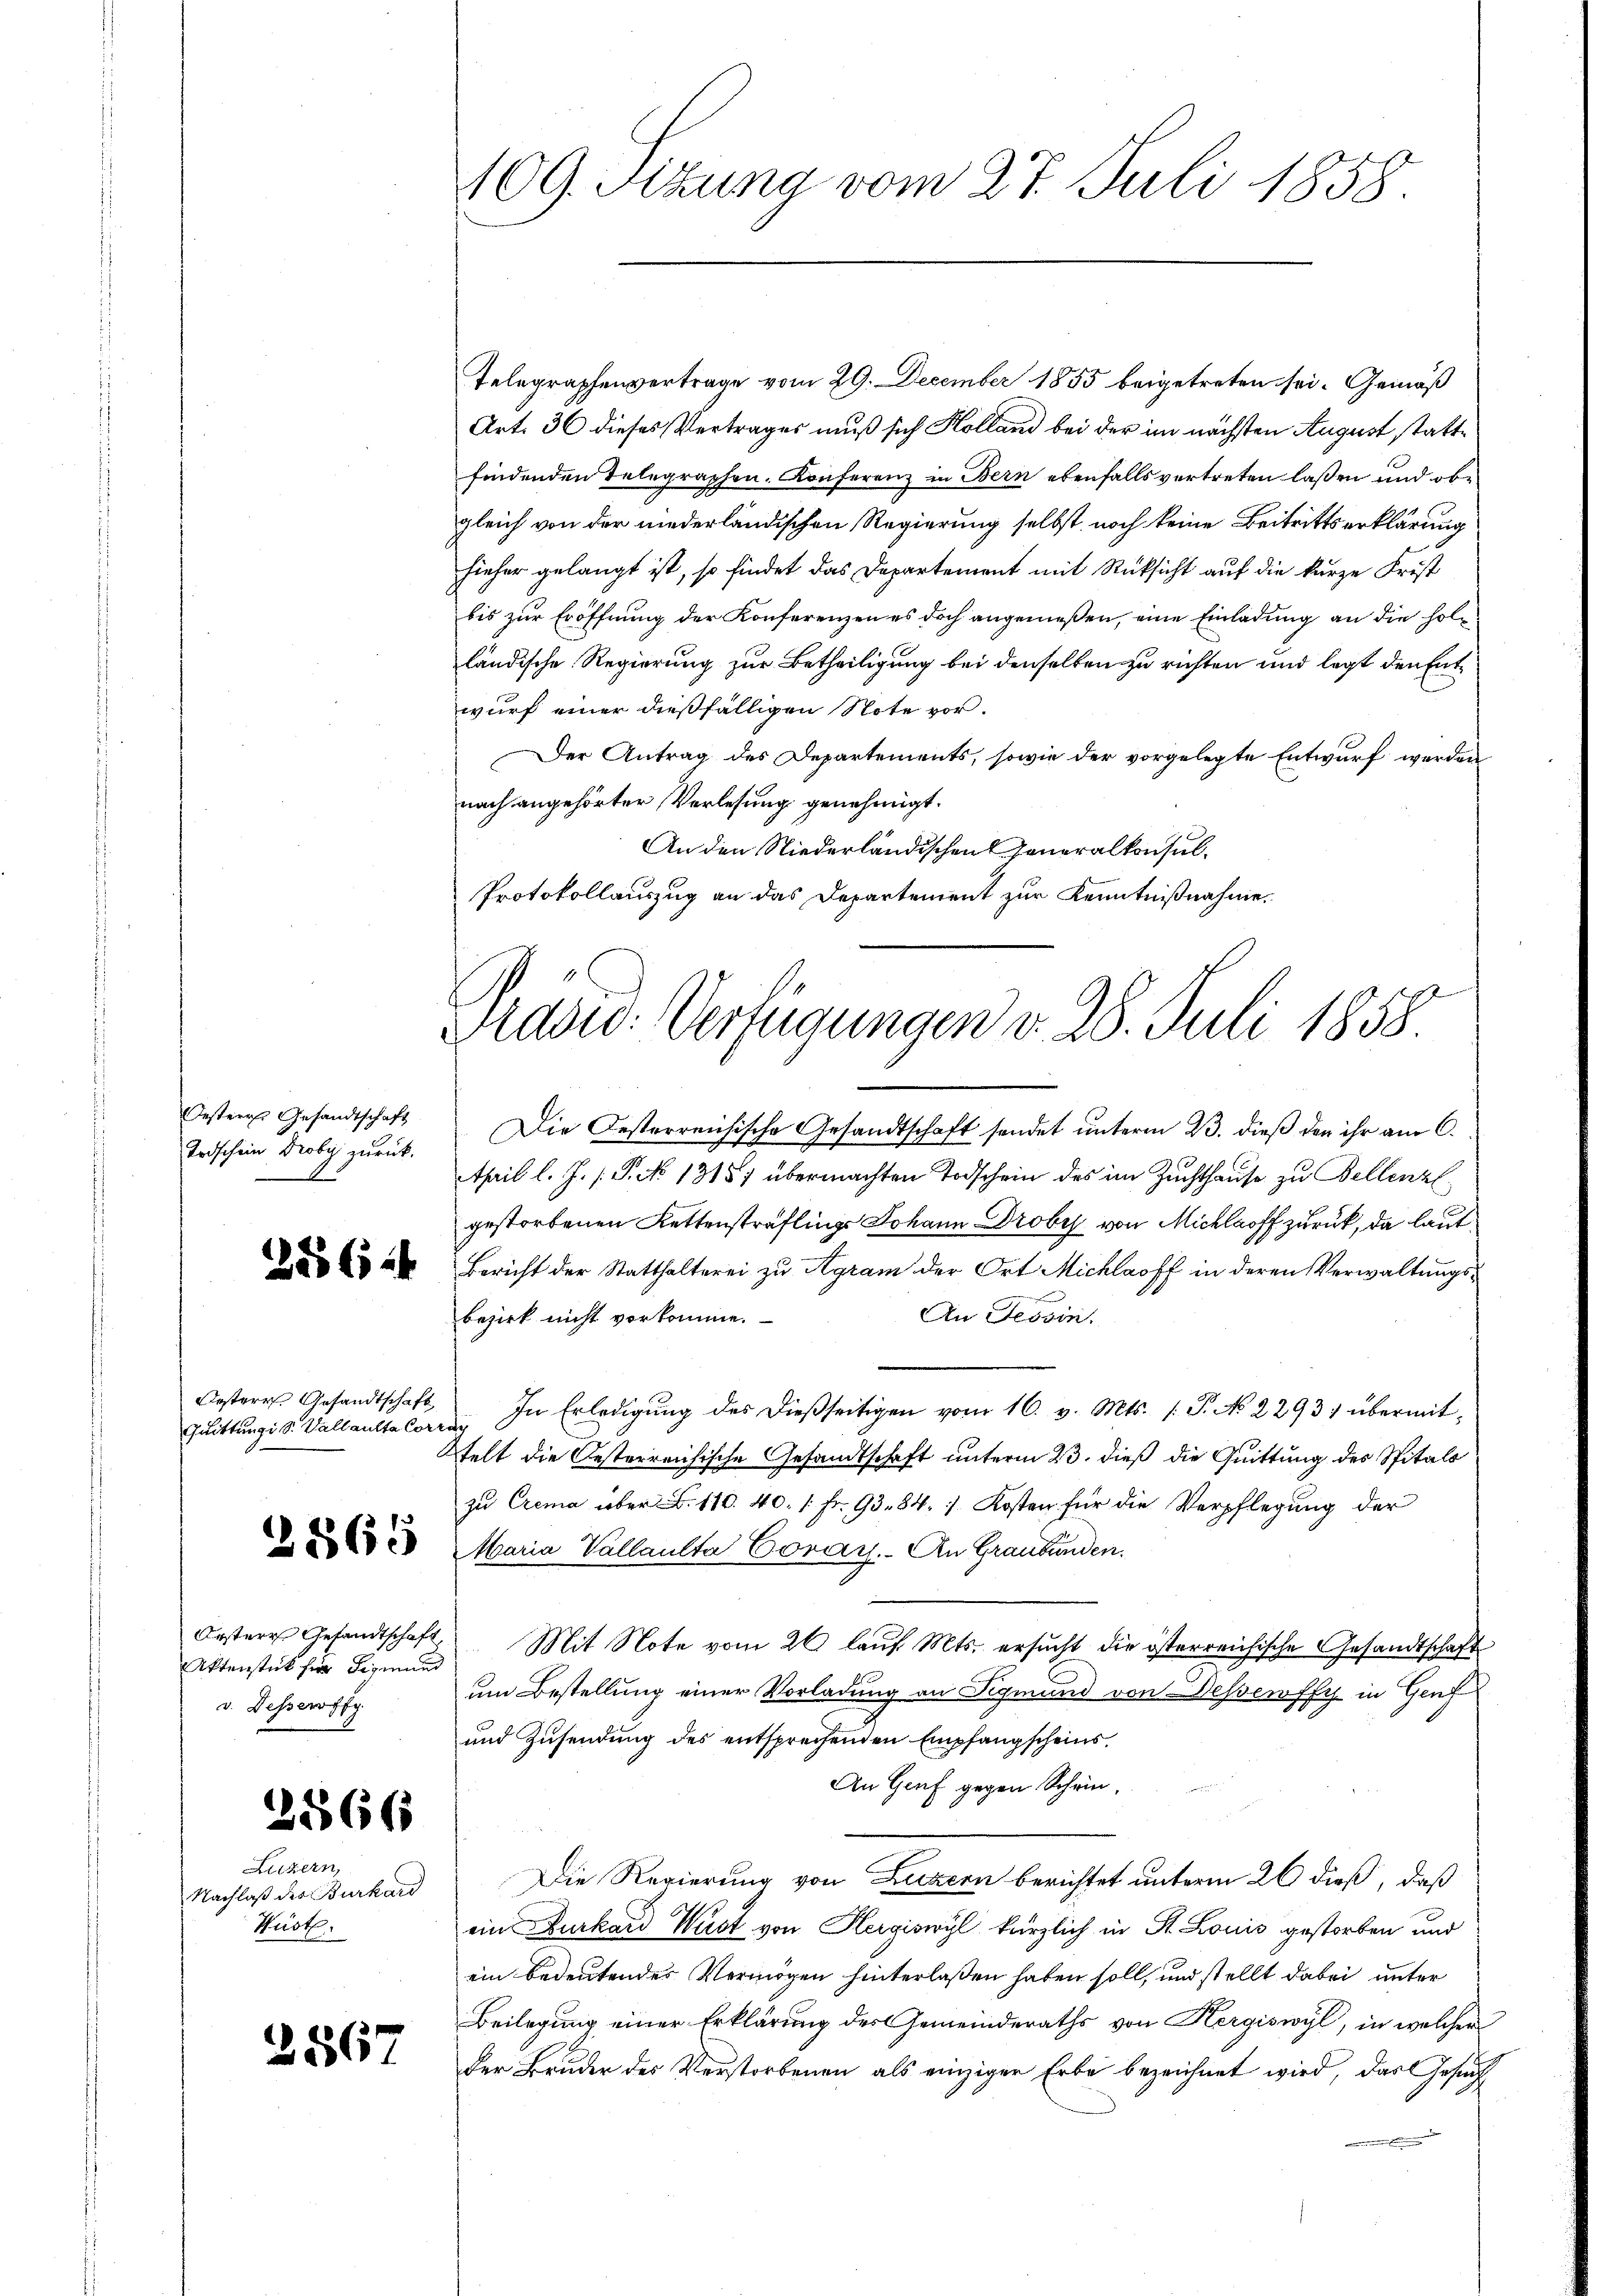
Oesteres Gesandtschaft
Todschein Droby zurück.

Quittung i S. Vallaulta Corrag

Aktenstück für Sigmund
v. Dessewffy

2866

Luzern,
Nachlaß des Burkard
Hüst

2567

109. Sitzung vom 27. Juli 1858.

Präsid. Verfügungen d. 28. Juli 1858.

Telegraphenvertrage vom 29. December 1855 beigetreten sei. Gemäß
Art. 36 dieses Vertrages muß sich Holland bei der im nächsten August stattfindenden Telegraphen. Konferenz in Bern ebenfalls vertreten laßen und obe
gleich von der niederländischen Regierung selbst noch keine Beitrittserklärung
hieher gelangt ist, so findet das Departement mit Rüksicht auf die kurze Frist
bis zur Eröffnung der Konferenzen es doch angenießen, eine Einladung an die holländische Regierung zur Betheiligung bei denselben zu richten und legt den Entwurf einer dießfälligen Note vor.
Der Antrag des Departements, sowie der vorgelegte Entwurf werden
nach angehörter Vorlesung genehmigt.
An den Niederländischen Generalkonsul¬
Protokollauszug an das Departement zur Kenntnißnahme.
Die Oesterreichische Gesandtschaft sendet unterm 23. dieß den ihr am 6.
April l. J. P. 13157 übermachten Todschein des im Zuchthause zu Bellenz,
gestorbenen Kettensträflings Johann Droby von Michloff zurück, da laut
  Bericht der Statthalterei zŭ Agram der Ort Michlaoff in deren Verwaltŭngs-
An Tessin.
bezirk nicht vorkomme.
Oesterr. Gesandtschaft In Erledigŭng des dieβseitigen vom 16. v. Mts. (T. No 2293) übermit-
felt die Oesterreichische Gesandtschaft unterm 23. dieß die Quittung des Spitals
zŭ Crema über . 110. 40. 1. fr. 93. 84. 1. Kosten für die Verpflegŭng der
 Maria Vallaulta Corar. An Graubünden.
Orstere Gesandtschaft. Mit Note vom 26 laŭf Mts. ersŭcht die österreichische Gesandtschaft
um Bestellung einer Vorladung an Sigmund von dessewffy in Genf
und Zusendung des entsprechenden Empfangscheins¬
An Genf gegen Schrie¬
Die Regierung von Luzern berichtet unterm 26 dieß, daß
ein Burkard Wüst von Hergiswyl kürzlich in St. Louis gestorben und
ein bedeutendes Vermögen hinterlassen haben soll, und stellt dabei unter
Beilegung einer Erklärung des Gemeinderaths von Hergiswyl, in welcher
Der Bruder des Verstorbenen als einziger Erbe bezeichnet wird, das Gesuch
an einen Erinnen